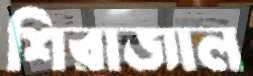
শিরাজাল